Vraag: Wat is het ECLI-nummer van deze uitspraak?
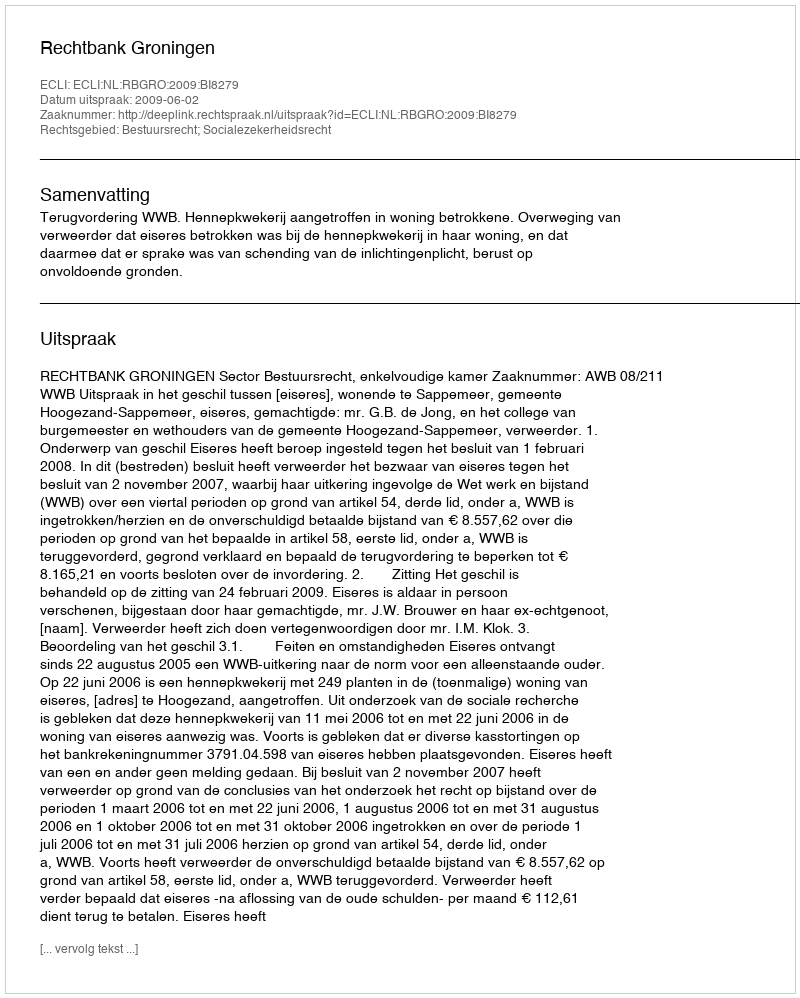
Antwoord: ECLI:NL:RBGRO:2009:BI8279